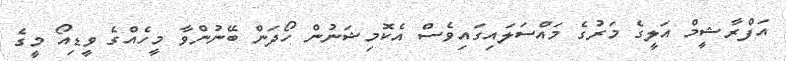
އަފްރާޝީމް އަލީގެ މަރުގެ މައްސަލައިގައިވެސް އެކޮމިޝަނުން ހޯދަން ބޭނުންވާ މީހެއްގެ ވީޑިއޯ މީގެ